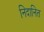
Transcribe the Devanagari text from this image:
निदानित